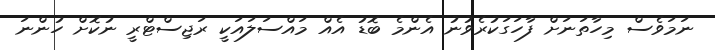
ނަމަވެސް މިހާތަނަށް ފާހަގަކުރެވުނު އެންމެ ބޮޑު އެއް މައްސަލައަކީ ރަޖިސްޓްރީ ނުކޮށް ހުންނަ